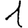
Digit: 1